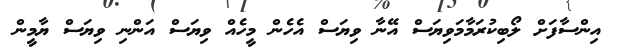
އިންސާފަށް ލޯބިކުރަމާމަވިޔަސް އޭނާ ވިޔަސް އެހެން މީހެއް ވިޔަސް އަންނި ވިޔަސް ޔާމީން